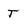
Character: T